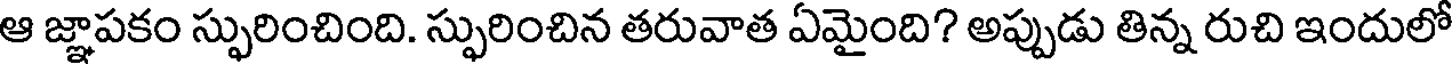
ఆ జ్ఞాపకం స్ఫురించింది. స్ఫురించిన తరువాత ఏమైంది? అప్పుడు తిన్న రుచి ఇందులో